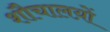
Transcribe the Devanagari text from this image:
शौचालय़ों